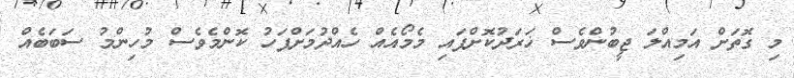
މި ގޮތަށް އަމިއްލަ ޖީބުންވެސް ޚަރަދުކޮށްފައި މެމޯއެއް ހެއްދުމަށްފަހު ކޮންމެވެސް މުހިންމު ސަބަބެއް